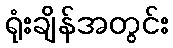
ရုံးချိန်အတွင်း